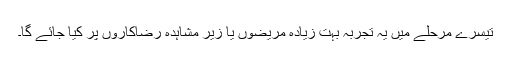
تیسرے مرحلے میں یہ تجربہ بہت زیادہ مریضوں یا زیر مشاہدہ رضاکاروں پر کیا جائے گا۔